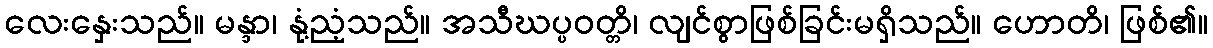
လေးနှေးသည်။ မန္ဒာ၊ နုံ့ညံ့သည်။ အသီဃပ္ပဝတ္တိ၊ လျင်စွာဖြစ်ခြင်းမရှိသည်။ ဟောတိ၊ ဖြစ်၏။